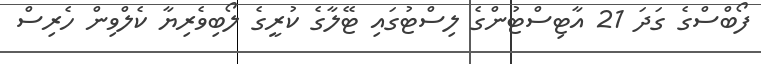
ފޯބްސްގެ ގަދަ 21 އާޓިސްޓުންގެ ލިސްޓުގައި ޓޭލާގެ ކުރީގެ ލޯބިވެރިޔާ ކެލްވިން ހެރިސް